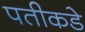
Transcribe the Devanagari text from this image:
पतीकडे